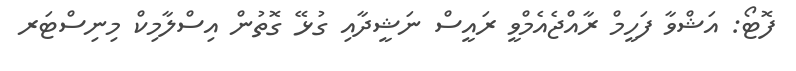
ފޮޓޯ: އަޝްވާ ފަހީމް ރާއްޖެއެމްވީ ރައީސް ނަޝީދާއި ގުޅޭ ގޮތުން އިސްލާމިކް މިނިސްޓަރ